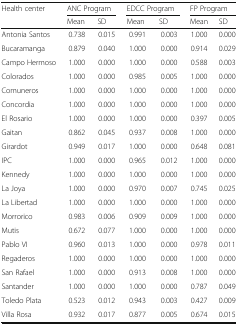
<table><thead><tr><td rowspan="2"><b>Health center</b></td><td colspan="2"><b>ANC Program</b></td><td colspan="2"><b>EDCC Program</b></td><td colspan="2"><b>FP Program</b></td></tr><tr><td><b>Mean</b></td><td><b>SD</b></td><td><b>Mean</b></td><td><b>SD</b></td><td><b>Mean</b></td><td><b>SD</b></td></tr></thead><tbody><tr><td>Antonia Santos</td><td>0.738</td><td>0.015</td><td>0.991</td><td>0.003</td><td>1.000</td><td>0.000</td></tr><tr><td>Bucaramanga</td><td>0.879</td><td>0.040</td><td>1.000</td><td>0.000</td><td>0.914</td><td>0.029</td></tr><tr><td>Campo Hermoso</td><td>1.000</td><td>0.000</td><td>1.000</td><td>0.000</td><td>0.588</td><td>0.003</td></tr><tr><td>Colorados</td><td>1.000</td><td>0.000</td><td>0.985</td><td>0.005</td><td>1.000</td><td>0.000</td></tr><tr><td>Comuneros</td><td>1.000</td><td>0.000</td><td>1.000</td><td>0.000</td><td>1.000</td><td>0.000</td></tr><tr><td>Concordia</td><td>1.000</td><td>0.000</td><td>1.000</td><td>0.000</td><td>1.000</td><td>0.000</td></tr><tr><td>El Rosario</td><td>1.000</td><td>0.000</td><td>1.000</td><td>0.000</td><td>0.397</td><td>0.005</td></tr><tr><td>Gaitan</td><td>0.862</td><td>0.045</td><td>0.937</td><td>0.008</td><td>1.000</td><td>0.000</td></tr><tr><td>Girardot</td><td>0.949</td><td>0.017</td><td>1.000</td><td>0.000</td><td>0.648</td><td>0.081</td></tr><tr><td>IPC</td><td>1.000</td><td>0.000</td><td>0.965</td><td>0.012</td><td>1.000</td><td>0.000</td></tr><tr><td>Kennedy</td><td>1.000</td><td>0.000</td><td>1.000</td><td>0.000</td><td>1.000</td><td>0.000</td></tr><tr><td>La Joya</td><td>1.000</td><td>0.000</td><td>0.970</td><td>0.007</td><td>0.745</td><td>0.025</td></tr><tr><td>La Libertad</td><td>1.000</td><td>0.000</td><td>1.000</td><td>0.000</td><td>1.000</td><td>0.000</td></tr><tr><td>Morrorico</td><td>0.983</td><td>0.006</td><td>0.909</td><td>0.009</td><td>1.000</td><td>0.000</td></tr><tr><td>Mutis</td><td>0.672</td><td>0.077</td><td>1.000</td><td>0.000</td><td>1.000</td><td>0.000</td></tr><tr><td>Pablo VI</td><td>0.960</td><td>0.013</td><td>1.000</td><td>0.000</td><td>0.978</td><td>0.011</td></tr><tr><td>Regaderos</td><td>1.000</td><td>0.000</td><td>1.000</td><td>0.000</td><td>1.000</td><td>0.000</td></tr><tr><td>San Rafael</td><td>1.000</td><td>0.000</td><td>0.913</td><td>0.008</td><td>1.000</td><td>0.000</td></tr><tr><td>Santander</td><td>1.000</td><td>0.000</td><td>1.000</td><td>0.000</td><td>0.787</td><td>0.049</td></tr><tr><td>Toledo Plata</td><td>0.523</td><td>0.012</td><td>0.943</td><td>0.003</td><td>0.427</td><td>0.009</td></tr><tr><td>Villa Rosa</td><td>0.932</td><td>0.017</td><td>0.877</td><td>0.005</td><td>0.674</td><td>0.015</td></tr></tbody></table>